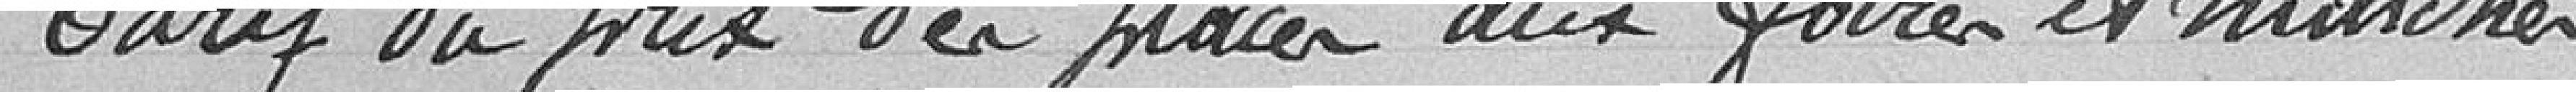
Tarif du prix des places aux foires et marchés